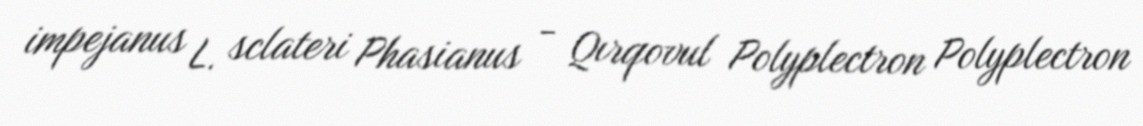
impejanus L. sclateri Phasianus - Qırqovul Polyplectron Polyplectron